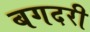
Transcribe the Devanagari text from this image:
बगदरी